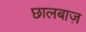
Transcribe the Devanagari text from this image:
छालबाज़